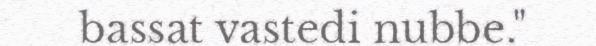
bassat vastedi nubbe."